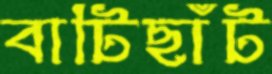
বাটিছাঁট